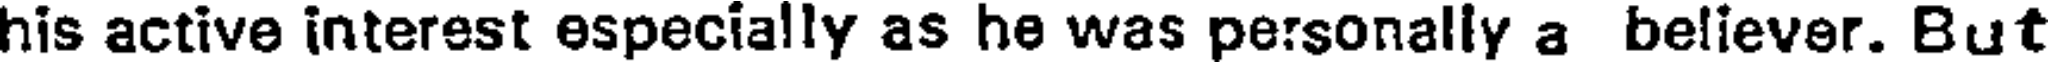
his active interest especially as he was personally a believer. But